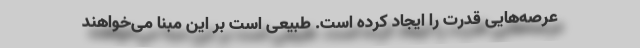
عرصه‌هایی قدرت را ایجاد کرده است. طبیعی است بر این مبنا می‌خواهند